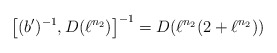
\begin{align*}\left[(b')^{-1}, D(\ell^{n_2}) \right]^{-1}=D(\ell^{n_2}(2+\ell^{n_2}))\end{align*}